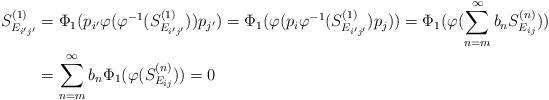
LaTeX: \begin{align*}S^{(1)}_{E_{i'j'}} & = \Phi_1(p_{i'} \varphi(\varphi^{-1}(S^{(1)}_{E_{i'j'}})) p_{j'}) = \Phi_1(\varphi(p_i \varphi^{-1}(S^{(1)}_{E_{i'j'}})p_j)) = \Phi_1(\varphi(\sum^{\infty}_{n=m}b_nS^{(n)}_{E_{ij}})) \\& = \sum^{\infty}_{n=m}b_n\Phi_1(\varphi(S^{(n)}_{E_{ij}})) = 0\end{align*}